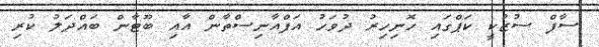
ސާފް ސުޒުކީ ކަޕްގައި ހޮނިހިރު ދުވަހު އަފްއާނިސްތާން އާއި ބޫޓާން ބައްދަލު ކުރި